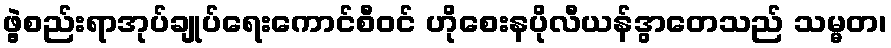
ဖွဲ့စည်းရာအုပ်ချုပ်ရေးကောင်စီဝင် ဟိုစေးနပိုလီယန်ဒွာတေသည် သမ္မတ၊